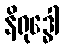
နိရုဒ္ဓေါ